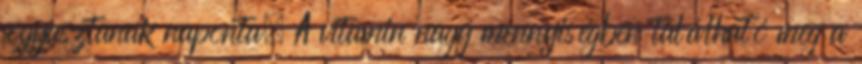
fogyasztanak naponta. A vitamin nagy mennyiségben található meg a